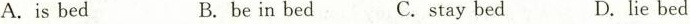
A. is bed B.be in bed C.stay bed D.lie bed